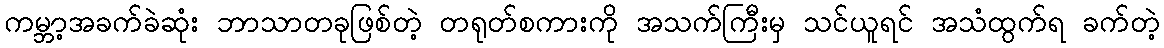
ကမ္ဘာ့အခက်ခဲဆုံး ဘာသာတခုဖြစ်တဲ့ တရုတ်စကားကို အသက်ကြီးမှ သင်ယူရင် အသံထွက်ရ ခက်တဲ့